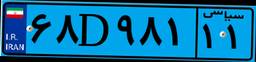
۴۲D۶۸۲۳۱